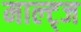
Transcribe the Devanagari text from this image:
माल्ट्ज